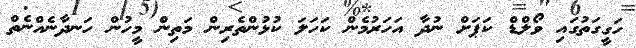
ހަގީގަތުގައި ވޯލްޑް ކަޕަށް ނުދާ އަހަރުމެން ކަހަލަ ކުޅުންތެރިން މަތިން މީހުން ހަނދާނެއްނެތް